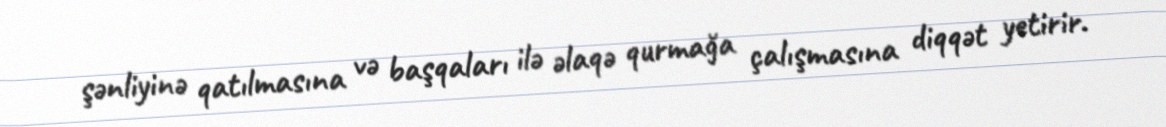
şənliyinə qatılmasına və başqaları ilə əlaqə qurmağa çalışmasına diqqət yetirir.